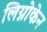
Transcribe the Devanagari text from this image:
लिग्नोकेन